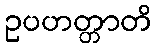
ဥပဟတ္တာတိ